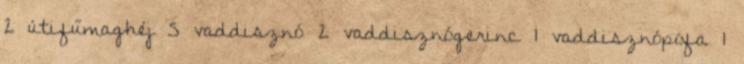
2 útifűmaghéj 5 vaddisznó 2 vaddisznógerinc 1 vaddisznópofa 1